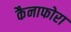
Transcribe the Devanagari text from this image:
कैनाफोरा